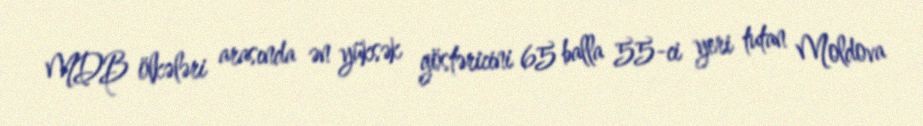
MDB ölkələri arasında ən yüksək göstəricini 65 balla 55-ci yeri tutan Moldova